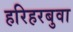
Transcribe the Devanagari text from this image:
हरिहरबुवा